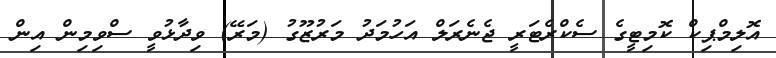
އޮލިމްޕިކް ކޮމިޓީގެ ސެކްރެޓަރީ ޖެނެރަލް އަހުމަދު މަރުޒޫގު (މަރޭ) ވިދާޅުވީ ސްވިމިން އިން